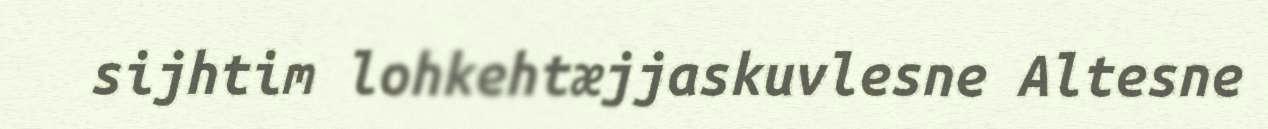
sijhtim lohkehtæjjaskuvlesne Altesne